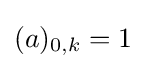
(a)_{0,k}=1